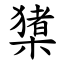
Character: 橥